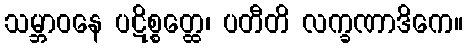
သမ္ဘာဝနေ ပဋိစ္စတ္ထေ၊ ပတီတိ လက္ခဏာဒိကေ။